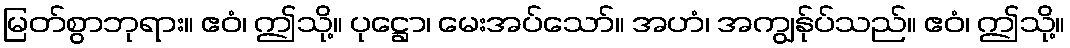
မြတ်စွာဘုရား။ ဧဝံ၊ ဤသို့။ ပုဋ္ဌော၊ မေးအပ်သော်။ အဟံ၊ အကျွန်ုပ်သည်။ ဧဝံ၊ ဤသို့။